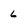
Character: 6